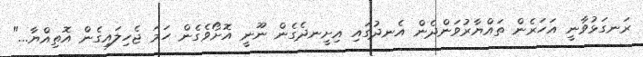
ރަނގަޅުވާނީ އަހަރެން ތައްޔާރުވަންދެން އެނދުގައި އިށީނދެގެން ނޫނީ އޮށޯވެގެން ހަަމަ ޖެހިލައިގެން އޮތިއްޔާ..."